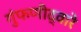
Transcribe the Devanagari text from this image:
गुंफणीद्वारे